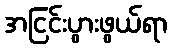
အငြင်းပွားဖွယ်ရာ